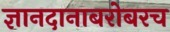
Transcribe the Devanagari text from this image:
ज्ञानदानाबरोबरच